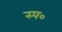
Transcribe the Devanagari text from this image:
स्प०